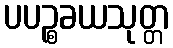
ပပဉ္စခယသုတ္တ